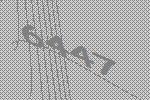
6447